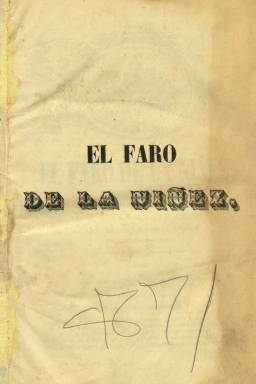
Título: El Faro de la niñez
Colección: Educación || Revistas infantiles
Ámbito geográfico: Madrid
Lugar de publicación: Madrid
Fechas: 01/10/1850-21/11/1851

Este título es continuación de El Mensagero de los niños, que había comenzado a publicarse el domingo, siete de enero de 1849, estampado en la imprenta de M. Álvarez y atribuida su dirección a Gregorio Urbano Delgado. La colección de El Faro… en la Biblioteca Nacional de España la integran los tomos III (con 51 números, desde el uno de octubre de 1850 al 11 de junio de 1851 y un total de 480 páginas) y IV (con 29 números, del uno de julio al 21 de noviembre de 1851 y 231 páginas). Salía seis veces al mes, los días 1, 6, 11, 16, 21 y 26, en entregas de ocho páginas, compuestas a dos columnas, en imprenta propia, en la calle madrileña de Estudiantes, que estaría a cargo de Manuel A. Gil.

Ambos títulos fueron el órgano oficial de la Sociedad de Socorros Mutuos de Profesores de Instrucción Pública, cuyos estatutos habían sido publicados en 1841. Mientras que el subtítulo de El Mensagero… fue “periódico de ciencia, artes, recreo y noticias”, el de El Faro… será “enciclopedia de instrucción primaria, moralidad y recreo infantil”. Se trata de una publicación dedicada a la instrucción de los niños, pero también tiene carácter profesional, ya que da cuenta de la problemática de los profesores, destacando además los numerosos grabados que inserta, a los que habría que añadir las láminas que distribuía fuera de texto.

En sus páginas alternan textos de divulgación sobre ciencias naturales, geografía, historia sagrada o moral, con otros de creación literaria (cuentos morales, fábulas, leyendas, alegorías, poesías), tanto en prosa como en verso, así como artículos en los que se resalta la importancia de la educación, como el titulado El verdadero estado de la instrucción primaria, sus vicios y medidas para atajarlo o el dedicado a la Libertad de enseñanza.

Tras la última entrega del tomo III, publicó un índice temático, por el que se puede observar los asuntos que trataba: parte doctrinal, de educación e instrucción, inspección provincial, exámenes, recomendaciones, críticas diversas, polémica, biografía, bibliografía, física, religión, historia, historia natural, geografía, cosmografía, miscelánea o anuncios.

Contó con una veintena de colaboradores, entre ellos: Antonio Alvera Degrás, Jacinto Arguello Rosado, M.A. Berzosa, José Manuel Bonilla, Pascual Fernández Baeza, Rafael García Santisteban, José Guerrero, Felipe Antonio Macías, Manuel Joaquín Pascual, Ramón Rodríguez de la Barrera, Manuel Rodríguez Escobar, R. Rubio Murillas, Adriano Antonio Sánchez y Santiago Torres (Olivera: 2013).

Destacan sus grabados de retratos, escenas, vistas (Madrid, Berlín o Ámsterdam, entre otras) o sobre literatura, religión, geografía o ciencias (planetas y eclipses). Sus dibujos aparecen firmados por Capuz, Jiménez, Merino, Robles, Urrabieta o Vilaplana, y entre sus principales grabadores aparecen los nombres de Coderch y Murcia.

La suscripción al periódico de la Sociedad de Socorros Mutuos de Instrucción Pública había sido “recomendada” a las escuelas del reino por real orden de 27 de abril de 1850, por lo que fue acusado de estar “protegido por el ministro de Comercio, Instrucción y Obras Públicas; también fue ordenada, el seis de abril de 1851, su suscripción a los ayuntamientos, pagada con fondos municipales. Este hecho produjo una fuerte polémica con otra publicaciones del mismo carácter educativo, especialmente con la Revista de instrucción primaria (1849), llegando el conflicto hasta los tribunales, que acabó en un juicio de conciliación celebrado el 26 de marzo de 1851, y una circular del 26 de noviembre de ese año que declaraba caducadas esas “recomendaciones” de suscripción a un periódico que había adoptado un talante liberal como defensor de los intereses profesionales.

Según Olivera (2013), sus primeros propietarios fueron Manuel Vallejo y Gregorio Urbano Dargallo, que ejerció también como primer director. En febrero de 1850 fue comprado por Manuel Alonso Díez. Ramón Rodríguez de la Barrera fue su último director o “compilador”.

Han estudiado la prensa infantil y pedagógica, entre otros, Antonio Checa Godoy, María Purificación Arango González, Mercedes Chivelet, María Olivera, y Julio Antonio Yanes Mesa.